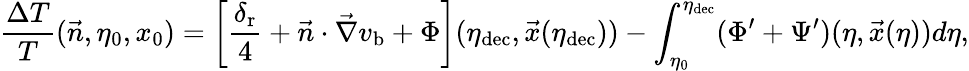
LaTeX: \frac{\Delta T}{T}(\vec{n},\eta_{0},x_{0})=\biggl[\frac{\delta_{\mathrm{r}}}{4}+\vec{n}\cdot\vec{\nabla}v_{\mathrm{b}}+\Phi\biggr](\eta_{\mathrm{dec}},\vec{x}(\eta_{\mathrm{dec}}))-\int_{\eta_{0}}^{\eta_{\mathrm{dec}}}(\Phi^{\prime}+\Psi^{\prime})(\eta,\vec{x}(\eta))d\eta,